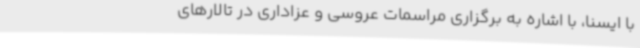
با ایسنا، با اشاره به برگزاری مراسمات عروسی و عزاداری در تالارهای